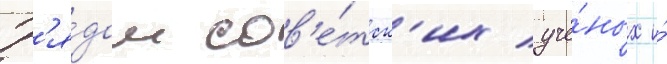
Р'я́дом сов'е́тск'их учё́ных и́